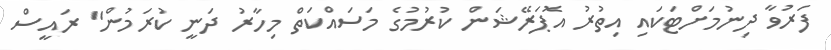
ފަރުވާ ދިނުމަށްޓަކައި އިތުރު އޮޕަރޭޝަން ކުރުމުގެ މަސައްކަތް މިހާރު ދަނީ ކުރަމުން" ރައީސް